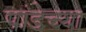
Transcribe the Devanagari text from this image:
पांडेच्या